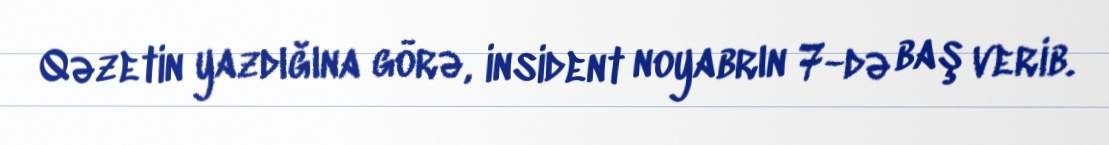
Qəzetin yazdığına görə, insident noyabrın 7-də baş verib.